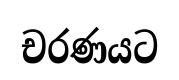
චරණයට